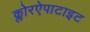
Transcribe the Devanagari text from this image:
क्लोरऐपाटाइट